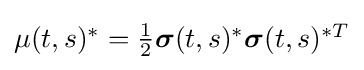
\textstyle \mu (t,s)^{*}={\frac {1}{2}}{\boldsymbol {\sigma }}(t,s)^{*}{\boldsymbol {\sigma }}(t,s)^{*T}